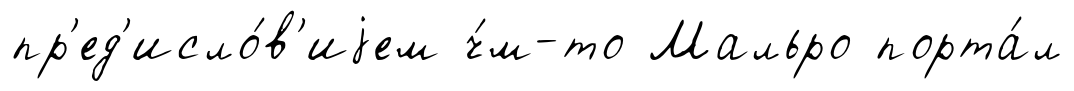
пр'ед'исло́в'иjем ч́м-то Мальро порта́л